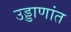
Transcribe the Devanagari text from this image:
उड्डाणांत